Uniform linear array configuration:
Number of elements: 16
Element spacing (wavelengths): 0.5
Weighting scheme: uniform
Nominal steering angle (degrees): -15
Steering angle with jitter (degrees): -13.036
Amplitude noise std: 0.05
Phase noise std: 0.05

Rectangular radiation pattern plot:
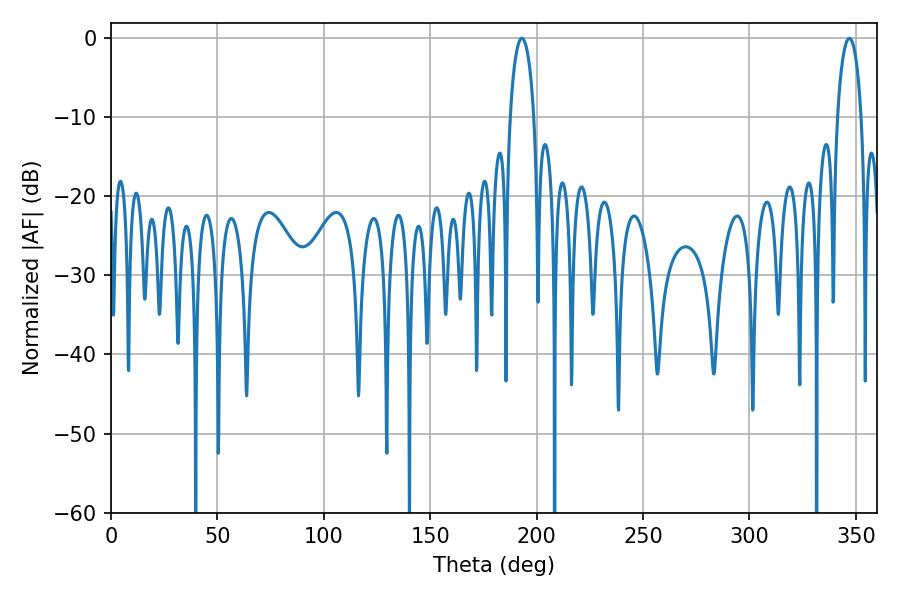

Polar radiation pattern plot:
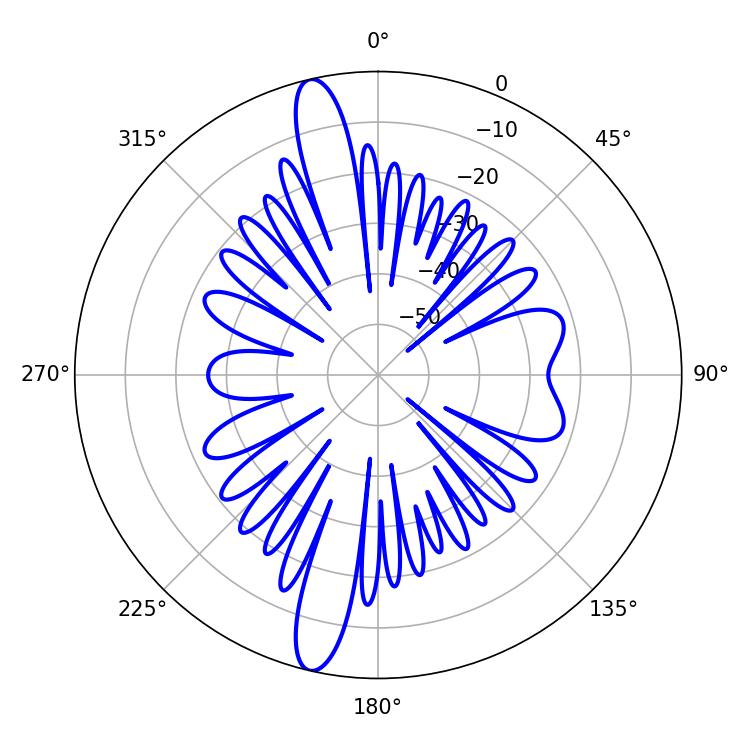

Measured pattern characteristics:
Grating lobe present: FALSE
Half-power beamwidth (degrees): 6.3
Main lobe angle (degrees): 193.14